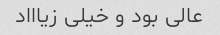
عالی بود و خیلی زیاااد